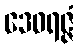
ဒေဝရဇ္ဇံ